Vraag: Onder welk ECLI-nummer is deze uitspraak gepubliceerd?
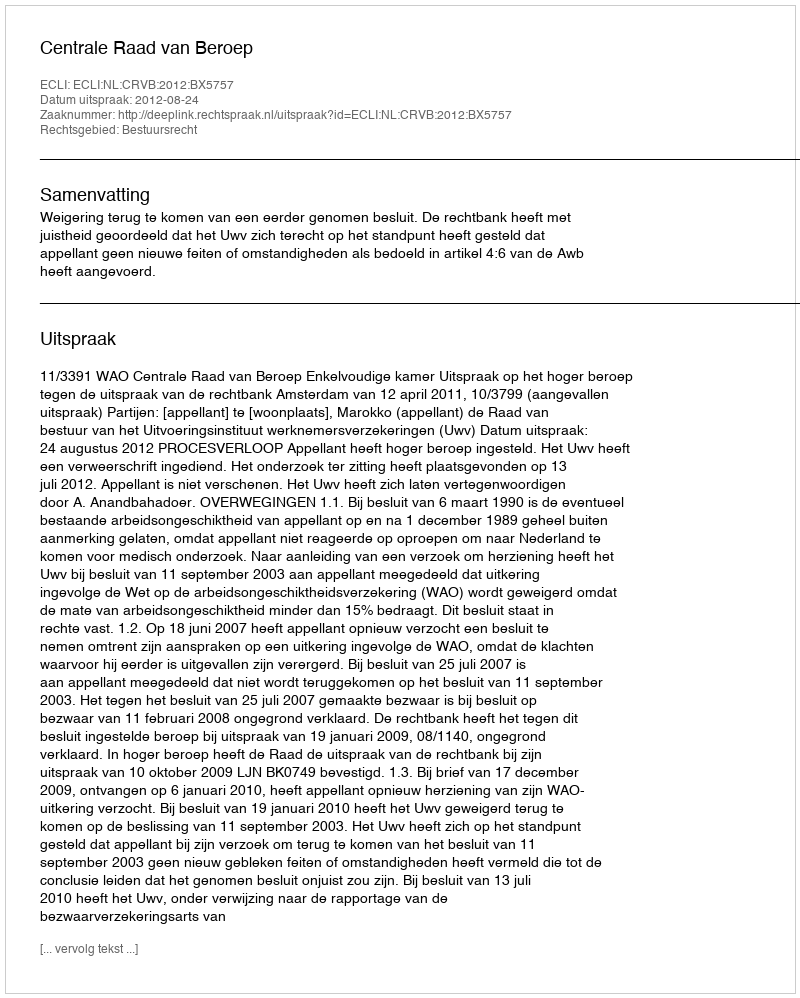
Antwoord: ECLI:NL:CRVB:2012:BX5757